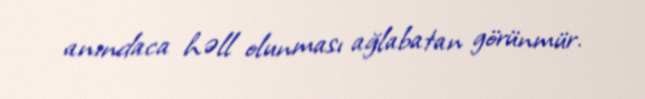
anındaca həll olunması ağlabatan görünmür.